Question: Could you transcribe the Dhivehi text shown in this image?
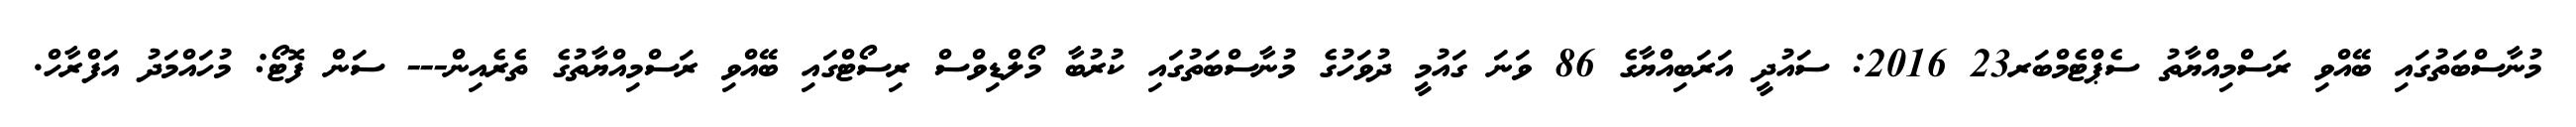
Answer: މުނާސްބަތުގައި ބޭއްވި ރަސްމިއްޔާތު ސެޕްޓެމްބަރ23 2016: ސައުދީ އަރަބިއްޔާގެ 86 ވަނަ ގައުމީ ދުވަހުގެ މުނާސްބަތުގައި ކުރުބާ މޯލްޑިވްސް ރިސޯޓްގައި ބޭއްވި ރަސްމިއްޔާތުގެ ތެރެއިން--- ސަން ފޮޓޯ: މުހައްމަދު އަފްރާހް.